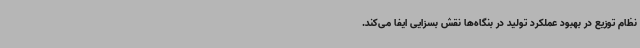
نظام توزیع در بهبود عملکرد تولید در بنگاه‌ها نقش بسزایی ایفا می‌کند.